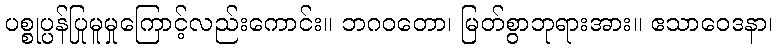
ပစ္စုပ္ပန်ပြုမူမှုကြောင့်လည်းကောင်း။ ဘဂဝတော၊ မြတ်စွာဘုရားအား။ ဧသာဝေဒနာ၊